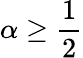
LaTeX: \alpha\geq\frac{1}{2}